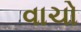
વાચો